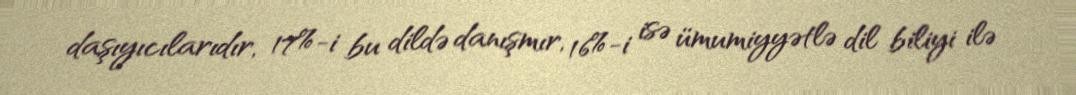
daşıyıcılarıdır, 17%-i bu dildə danışmır, 16%-i isə ümumiyyətlə dil biliyi ilə